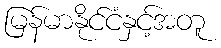
မြန်မာနိုင်ငံနှင့်အတူ